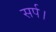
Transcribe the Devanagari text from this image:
सर्प।